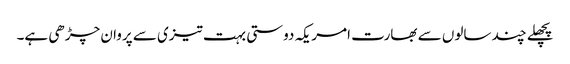
پچھلے چند سالوں سے بھارت امریکہ دوستی بہت تیزی سے پروان چڑھی ہے۔